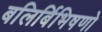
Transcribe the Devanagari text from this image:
बलिर्बिभिषणो